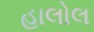
હાલોલ